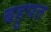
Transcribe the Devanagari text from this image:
बहुपत